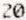
20